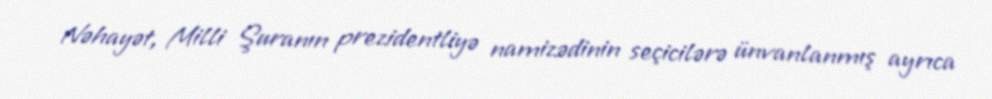
Nəhayət, Milli Şuranın prezidentliyə namizədinin seçicilərə ünvanlanmış ayrıca